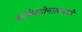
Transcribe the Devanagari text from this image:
नात्सियोनालामध्ये